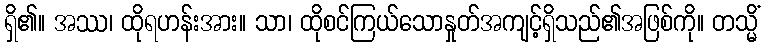
ရှိ၏။ အဿ၊ ထိုရဟန်းအား။ သာ၊ ထိုစင်ကြယ်သောနှုတ်အကျင့်ရှိသည်၏အဖြစ်ကို။ တသ္မိံ